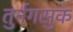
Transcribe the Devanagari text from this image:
तुर्नगसुक